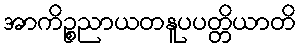
အာကိဉ္စညာယတနူပပတ္တိယာတိ